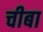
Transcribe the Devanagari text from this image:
चीबा